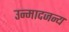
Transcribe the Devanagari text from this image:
उन्मादजन्य